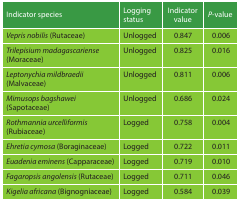
| Indicator species | Logging status | Indicator value | P-value |
 | --- | --- | --- | --- |
 | Vepris nobilis (Rutaceae) | Unlogged | 0.847 | 0.006 |
 | Trilepisium madagascariense (Moraceae) | Unlogged | 0.825 | 0.016 |
 | Leptonychia mildbraedii (Malvaceae) | Unlogged | 0.811 | 0.006 |
 | Mimusops bagshawei (Sapotaceae) | Unlogged | 0.686 | 0.024 |
 | Rothmannia urcelliformis (Rubiaceae) | Logged | 0.758 | 0.004 |
 | Ehretia cymosa (Boraginaceae) | Logged | 0.722 | 0.011 |
 | Euadenia eminens (Capparaceae) | Logged | 0.719 | 0.010 |
 | Fagaropsis angolensis (Rutaceae) | Logged | 0.711 | 0.046 |
 | Kigelia africana (Bignogniaceae) | Logged | 0.584 | 0.039 |